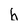
Character: 6